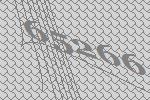
65266